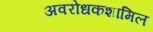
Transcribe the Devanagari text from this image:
अवरोधकशामिल